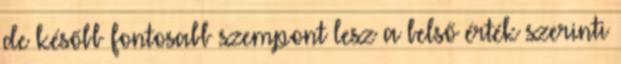
de később fontosabb szempont lesz a belső érték szerinti